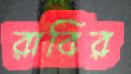
রাবির